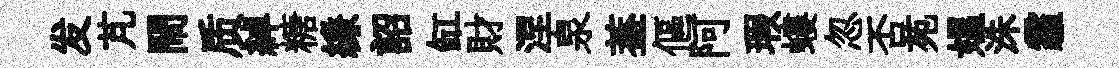
发芃閙质綽糖縑詔缸財涅泉葢傴阿瑕螻忽否苑媪洙霾